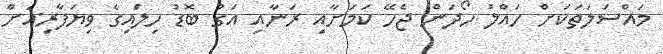
މައްސަލަތަކަށް ހައްލު ހޯދަން ޖެހޭ ކަމަށާއި ރަނާއި އަގު ބޮޑު ހިލަައިގެ ވިޔަފާރިއަށް